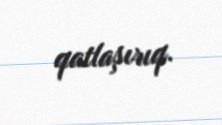
qatlaşırıq.